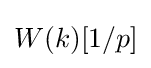
W(k)[1/p]